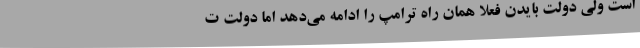
است ولی دولت بایدن فعلا همان راه ترامپ را ادامه می‌دهد اما دولت ت